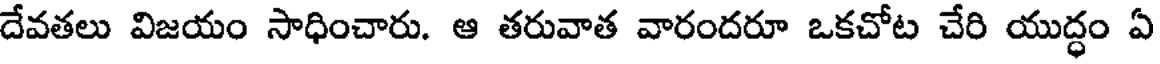
దేవతలు విజయం సాధించారు. ఆ తరువాత వారందరూ ఒకచోట చేరి యుద్ధం ఏ